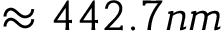
\approx 4 4 2 . 7 n m